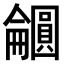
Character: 𫭕